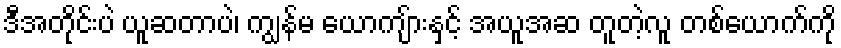
ဒီအတိုင်းပဲ ယူဆတာပဲ၊ ကျွန်မ ယောကျ်ားနှင့် အယူအဆ တူတဲ့လူ တစ်ယောက်ကို